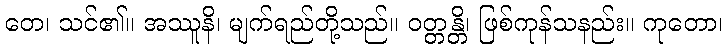
တေ၊ သင်၏။ အဿူနိ၊ မျက်ရည်တို့သည်။ ဝတ္တန္တိ၊ ဖြစ်ကုန်သနည်း။ ကုတော၊